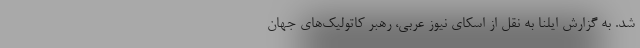
شد. به گزارش ایلنا به نقل از اسکای نیوز عربی، رهبر کاتولیک‌های جهان